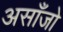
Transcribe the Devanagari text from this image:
असाँजो